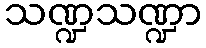
သဏ္ဍသဏ္ဍာ